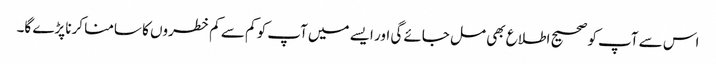
اس سے آپ کو صحیح اطلاع بھی مل جائے گی اور ایسے میں آپ کو کم سے کم خطروں کا سامنا کرنا پڑے گا۔